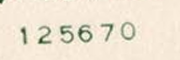
125670